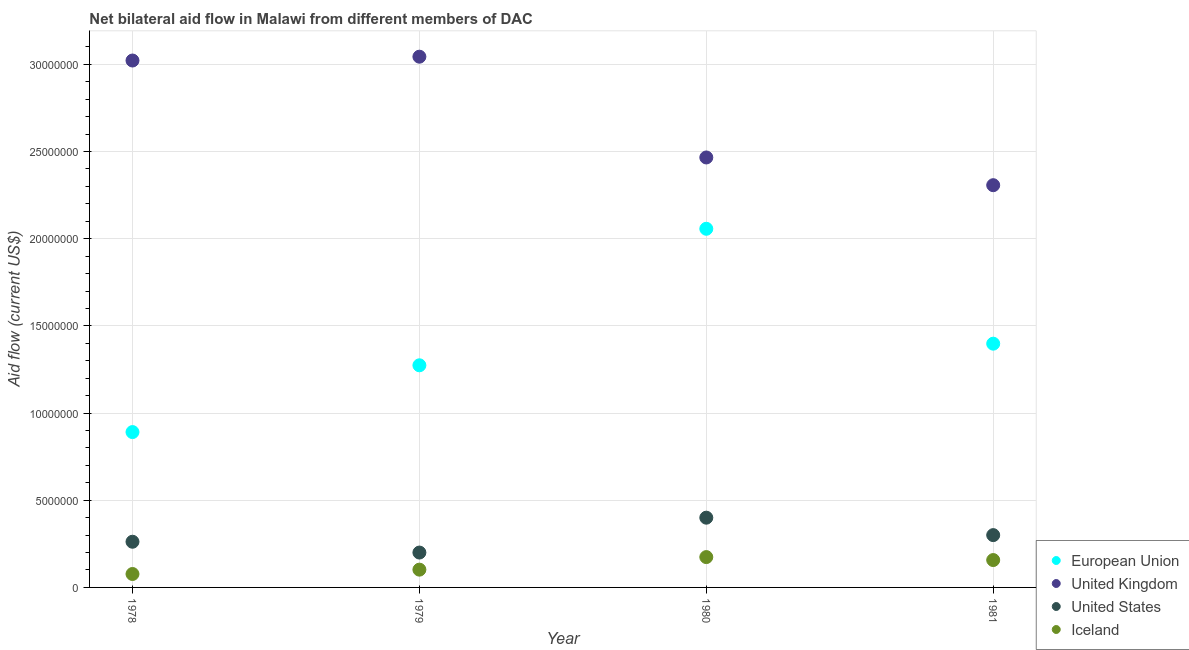
| Year | European Union | United Kingdom | United States | Iceland |
 | --- | --- | --- | --- | --- |
 | 1978 | 8.91e+06 | 3.02e+07 | 2.62e+06 | 7.7e+05 |
 | 1979 | 1.27e+07 | 3.04e+07 | 2e+06 | 1.02e+06 |
 | 1980 | 2.06e+07 | 2.47e+07 | 4e+06 | 1.74e+06 |
 | 1981 | 1.4e+07 | 2.31e+07 | 3e+06 | 1.57e+06 |